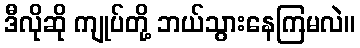
ဒီလိုဆို ကျုပ်တို့ ဘယ်သွားနေကြမလဲ။